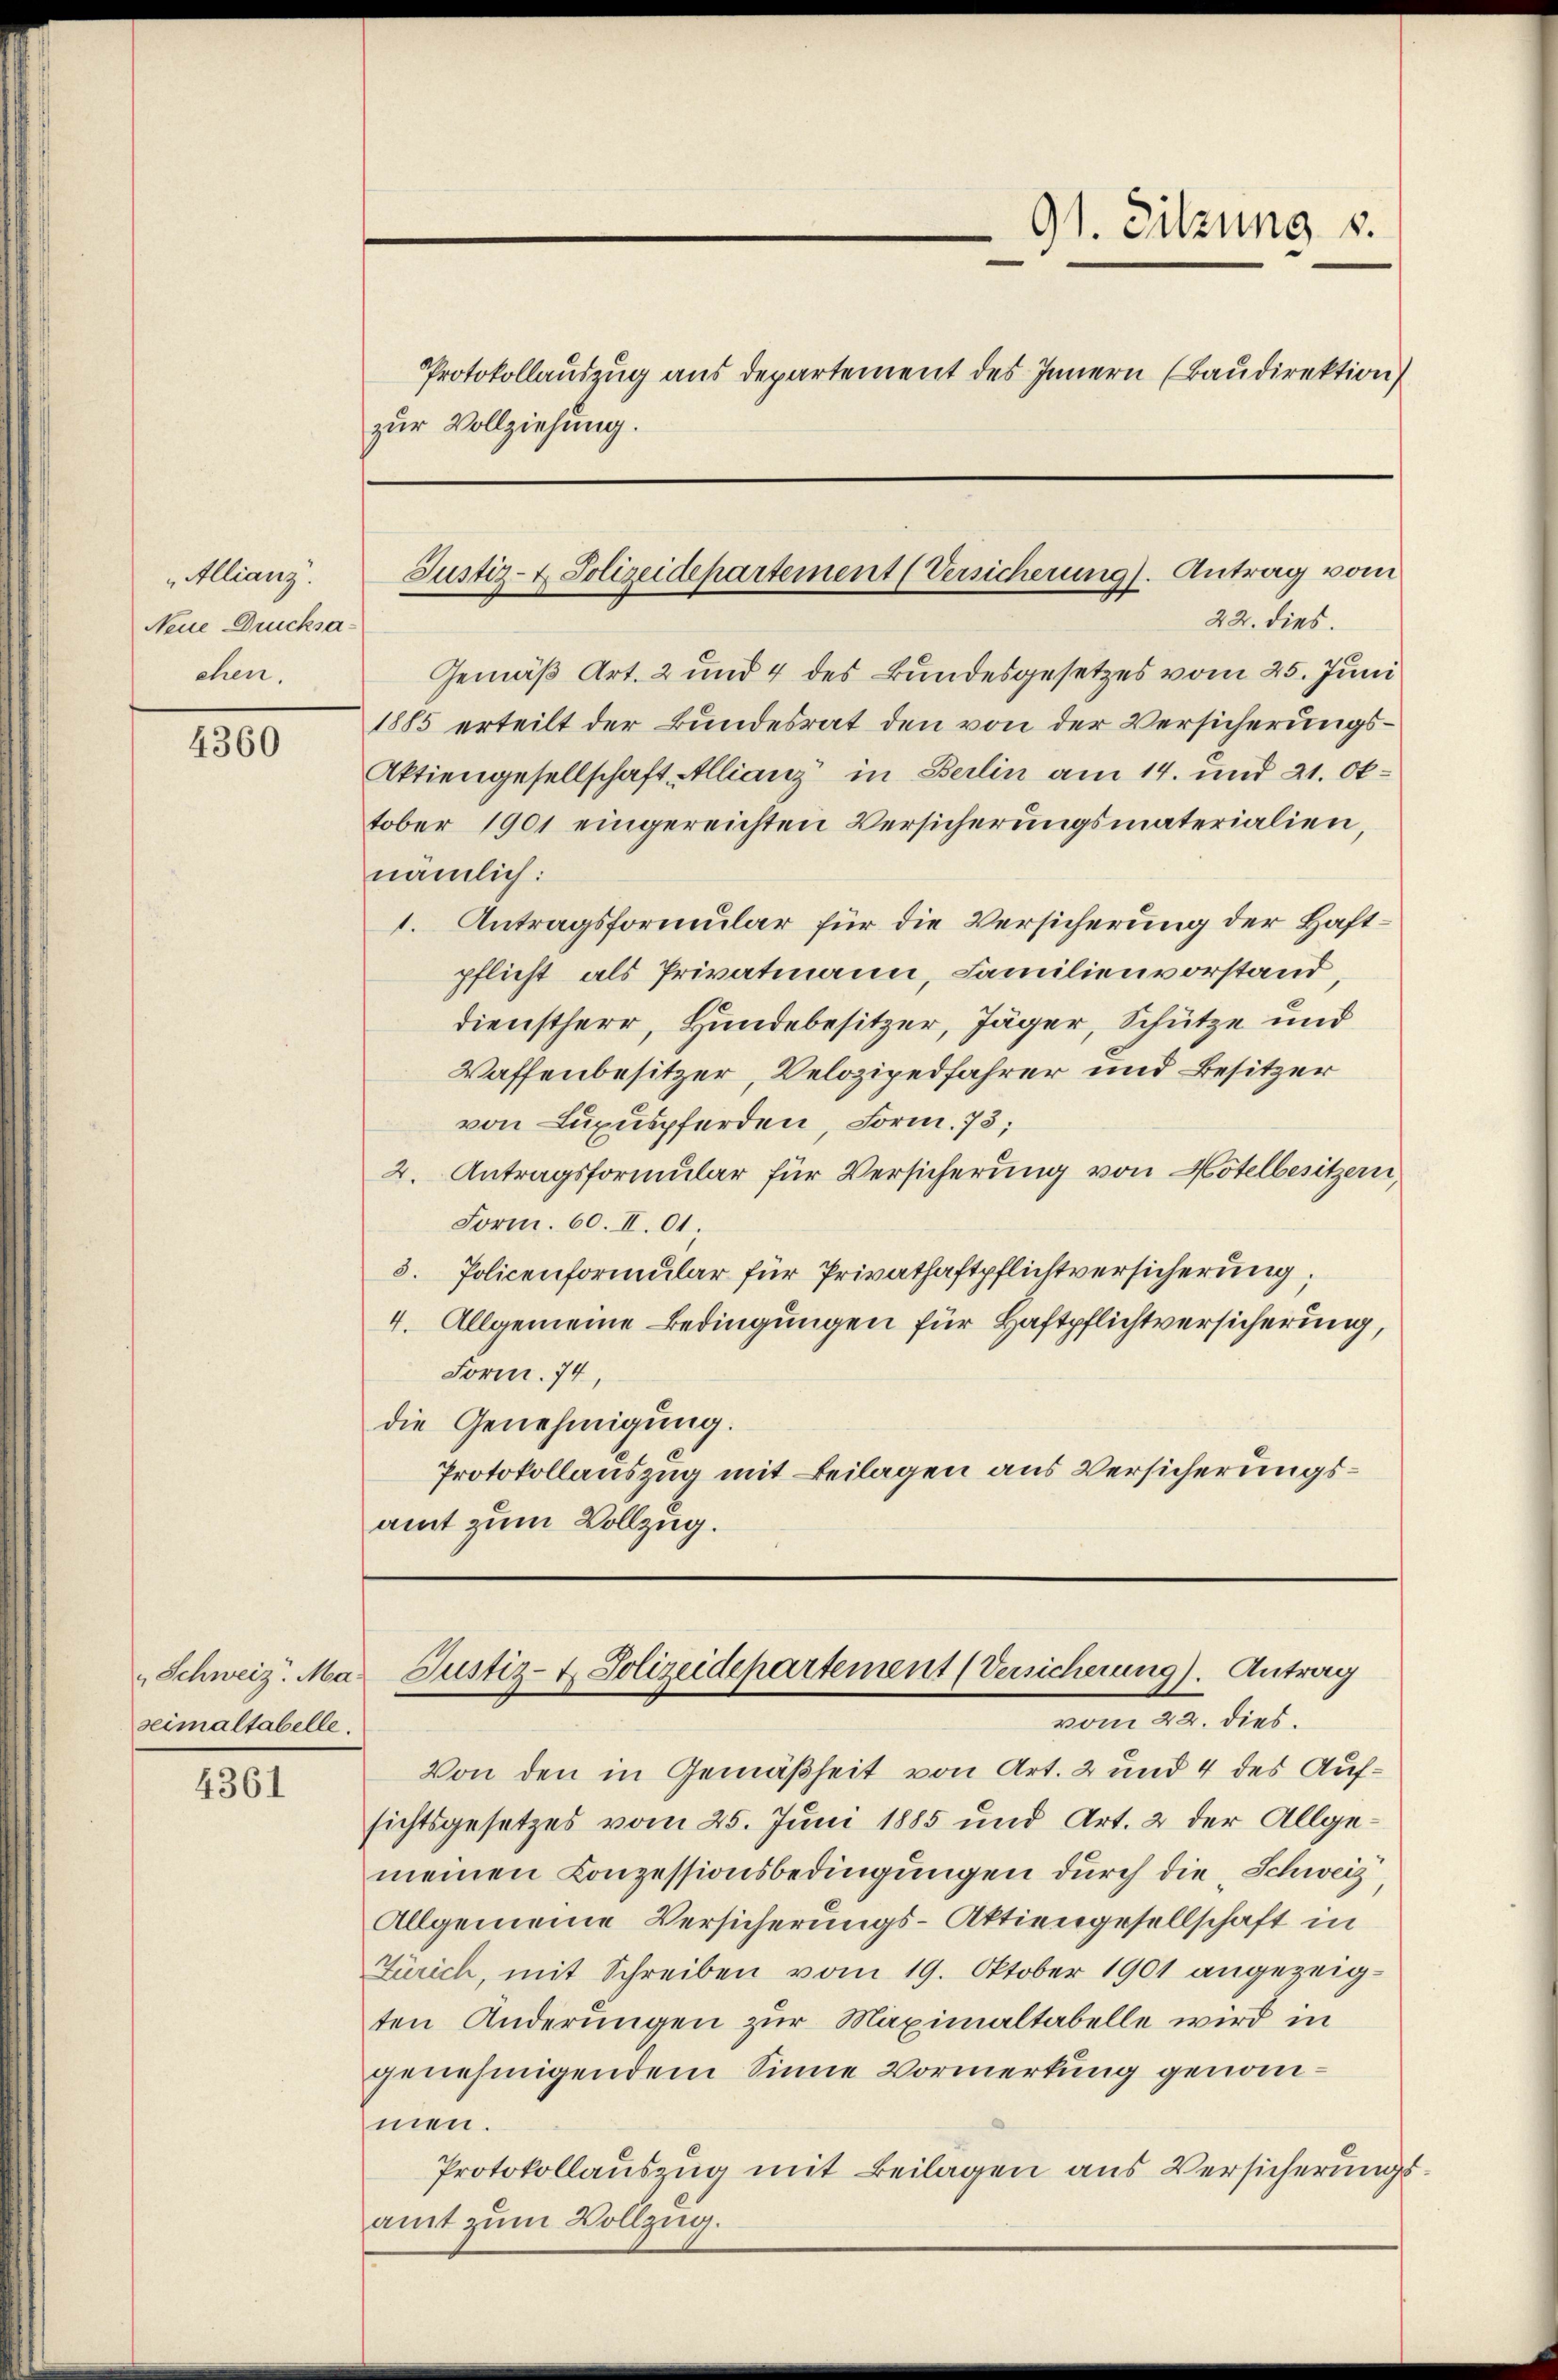
Allianz.
Neue Drucksaehen.

4360

seimaltabelle.

4361

zur Vollziehung.

91. Sitzung 8.
Protokollauszug aus Departement des Innern (Baudirektion

Justiz- & Polizeidepartement (Versicherung). Antrag vom
22. dies

Gemäß Art. 2 und 4 des Bundesgesetzes vom 25. Juni
1885 erteilt der Bundesrat den von der Versicherungs¬
Aktiengesellschaft Allianz in Berlin am 14. und 21. Oktober 1901 eingereichten Versicherungsmaterialien,
nämlich:
1. Antragsformular für die Versicherung der Haftpflicht als Privatmann, Familienvorstand,
dienstherr, Hundebesitzer, Jäger, Schütze und
Waffenbesitzer, Velozipedfahrer und Besitzer
von Luxuspferden, Form. 73;
2. Antragsformular für Versicherung von Hotelbesitzern,
Form. 60. II. 01
3. Policenformular für Privathaftpflichtversicherung,
4. Allgemeine Bedingungen für Haftpflichtversicherung,
Form. 74,
die Genehmigung.
Protokollauszug mit Beilagen aus Versicherungsamt zum Vollzug.

Schweiz. Max Justiz- & Polizeidepartement (Versicherung). Antrag

von 14. dies
Von den in Gemäßheit von Art. 2 und 4 des Aufsichtsgesetzes vom 25. Juni 1885 und Art. 2 der Allgemeinen Conzessionsbedingungen durch die „Schweiz,
Allgemeine Versicherungs-Aktiengesellschaft in
Zürich, mit Schreiben vom 19. Oktober 1901 angezeigten Änderungen zur Maximaltabelle wird in
genehmigendem Sinne Vormerkung genommen.
Protokollauszug mit Beilagen aus Versicherungsamt zum Vollzug.